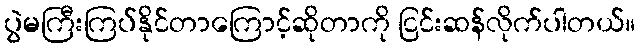
ပွဲမကြီးကြပ်နိုင်တာကြောင့်ဆိုတာကို ငြင်းဆန်လိုက်ပါတယ်။